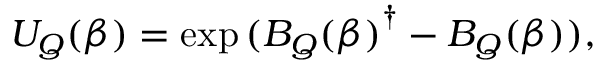
U _ { Q } ( \beta ) = \exp { ( { B _ { Q } ( \beta ) } ^ { \dagger } - B _ { Q } ( \beta ) ) } ,